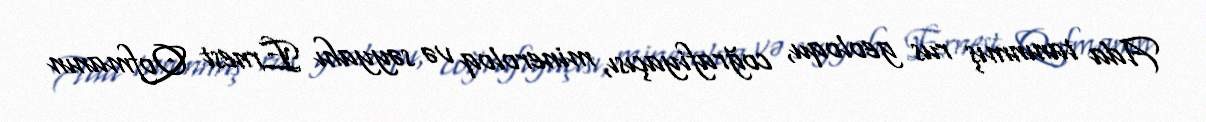
Ada tanınmış rus geoloqu, coğrafiyaçısı, mineroloq və səyyahı Ernest Qofmanın